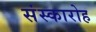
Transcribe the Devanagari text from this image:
संस्कारोह